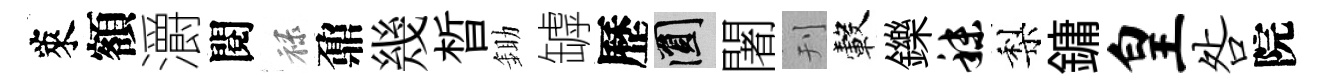
萊額灂閱禄鼐幾晳鋤罅歷圓闍刊轂鑠秣梨鏞皇咎院